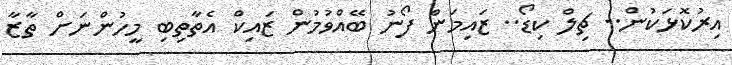
އިރުކޮޅަކުން.. ޗިލް ކިޑޯ.. ޒައިމަން ފޯނު ބޭއްވުމުން ޒައިކް އެތާތިބި މީހުންނަށް ތާޒާ